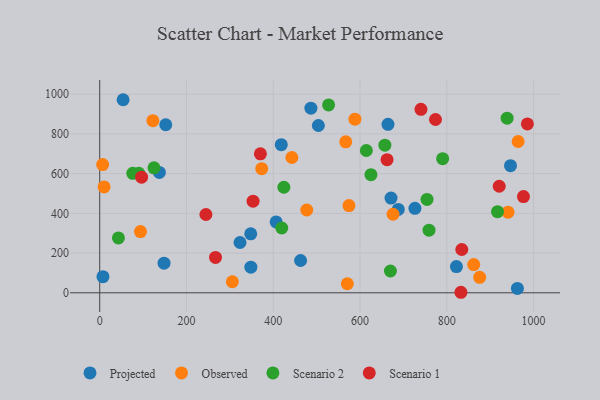
{"axis": {"x": "Engine Size", "y": "Profit"}, "legend": ["Observed", "Projected", "Scenario 1", "Scenario 2"], "data": [{"x": "53.9", "y": 971.5, "type": "Projected"}, {"x": "946.9", "y": 639.9, "type": "Projected"}, {"x": "822.3", "y": 132.1, "type": "Projected"}, {"x": "406.7", "y": 356.9, "type": "Projected"}, {"x": "962.8", "y": 22.1, "type": "Projected"}, {"x": "152.2", "y": 845.5, "type": "Projected"}, {"x": "348.4", "y": 129.1, "type": "Projected"}, {"x": "463.0", "y": 162.6, "type": "Projected"}, {"x": "671.5", "y": 476.9, "type": "Projected"}, {"x": "726.6", "y": 425.1, "type": "Projected"}, {"x": "7.5", "y": 81.3, "type": "Projected"}, {"x": "348.1", "y": 296.6, "type": "Projected"}, {"x": "486.8", "y": 929.1, "type": "Projected"}, {"x": "688.2", "y": 419.5, "type": "Projected"}, {"x": "323.4", "y": 253.2, "type": "Projected"}, {"x": "137.5", "y": 605.8, "type": "Projected"}, {"x": "504.0", "y": 841.9, "type": "Projected"}, {"x": "148.3", "y": 148.9, "type": "Projected"}, {"x": "418.5", "y": 745.5, "type": "Projected"}, {"x": "664.5", "y": 847.8, "type": "Projected"}, {"x": "373.4", "y": 624.6, "type": "Observed"}, {"x": "122.5", "y": 865.9, "type": "Observed"}, {"x": "442.9", "y": 680.7, "type": "Observed"}, {"x": "570.8", "y": 45.5, "type": "Observed"}, {"x": "862.1", "y": 142.0, "type": "Observed"}, {"x": "676.1", "y": 395.4, "type": "Observed"}, {"x": "875.8", "y": 78.1, "type": "Observed"}, {"x": "10.0", "y": 532.6, "type": "Observed"}, {"x": "588.3", "y": 873.5, "type": "Observed"}, {"x": "6.7", "y": 645.2, "type": "Observed"}, {"x": "93.9", "y": 308.1, "type": "Observed"}, {"x": "477.2", "y": 416.6, "type": "Observed"}, {"x": "941.1", "y": 405.6, "type": "Observed"}, {"x": "305.7", "y": 55.6, "type": "Observed"}, {"x": "964.5", "y": 761.2, "type": "Observed"}, {"x": "574.5", "y": 439.1, "type": "Observed"}, {"x": "567.1", "y": 759.9, "type": "Observed"}, {"x": "76.2", "y": 601.4, "type": "Scenario 2"}, {"x": "759.1", "y": 315.2, "type": "Scenario 2"}, {"x": "917.0", "y": 408.0, "type": "Scenario 2"}, {"x": "790.5", "y": 674.7, "type": "Scenario 2"}, {"x": "614.6", "y": 716.1, "type": "Scenario 2"}, {"x": "527.6", "y": 945.3, "type": "Scenario 2"}, {"x": "657.3", "y": 742.9, "type": "Scenario 2"}, {"x": "424.5", "y": 531.1, "type": "Scenario 2"}, {"x": "125.1", "y": 629.0, "type": "Scenario 2"}, {"x": "43.1", "y": 276.2, "type": "Scenario 2"}, {"x": "754.5", "y": 470.1, "type": "Scenario 2"}, {"x": "90.2", "y": 601.3, "type": "Scenario 2"}, {"x": "625.2", "y": 594.4, "type": "Scenario 2"}, {"x": "419.6", "y": 326.2, "type": "Scenario 2"}, {"x": "939.1", "y": 878.8, "type": "Scenario 2"}, {"x": "670.1", "y": 109.7, "type": "Scenario 2"}, {"x": "920.9", "y": 536.2, "type": "Scenario 1"}, {"x": "740.5", "y": 923.2, "type": "Scenario 1"}, {"x": "976.8", "y": 484.1, "type": "Scenario 1"}, {"x": "832.6", "y": 2.7, "type": "Scenario 1"}, {"x": "266.9", "y": 178.2, "type": "Scenario 1"}, {"x": "96.5", "y": 581.7, "type": "Scenario 1"}, {"x": "244.8", "y": 394.0, "type": "Scenario 1"}, {"x": "353.5", "y": 461.3, "type": "Scenario 1"}, {"x": "370.4", "y": 699.2, "type": "Scenario 1"}, {"x": "662.3", "y": 669.7, "type": "Scenario 1"}, {"x": "985.8", "y": 849.8, "type": "Scenario 1"}, {"x": "774.0", "y": 872.0, "type": "Scenario 1"}, {"x": "834.6", "y": 217.9, "type": "Scenario 1"}]}